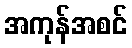
အကုန်အစင်